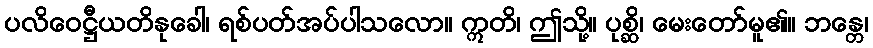
ပလိဝေဋ္ဌီယတိနုခေါ၊ ရစ်ပတ်အပ်ပါသလော။ ဣတိ၊ ဤသို့။ ပုစ္ဆိ၊ မေးတော်မူ၏။ ဘန္တေ၊